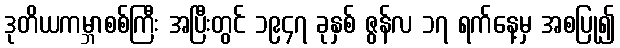
ဒုတိယကမ္ဘာစစ်ကြီး အပြီးတွင် ၁၉၄၇ ခုနှစ် ဇွန်လ ၁၇ ရက်နေ့မှ အစပြု၍